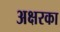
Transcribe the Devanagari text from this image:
अक्षरका